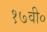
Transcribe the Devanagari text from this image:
१७वी०